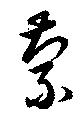
蒙